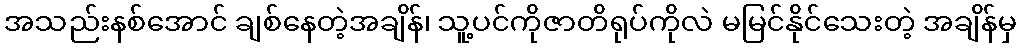
အသည်းနစ်အောင် ချစ်နေတဲ့အချိန်၊ သူ့ပင်ကိုဇာတိရုပ်ကိုလဲ မမြင်နိုင်သေးတဲ့ အချိန်မှ